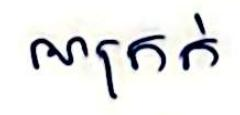
អាក្រក់